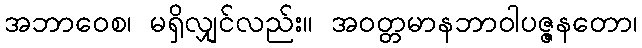
အဘာဝေစ၊ မရှိလျှင်လည်း။ အဝတ္တမာနဘာဝါပဇ္ဇနတော၊